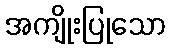
အကျိုးပြုသော